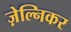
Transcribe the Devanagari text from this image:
ज़ेल्निकर